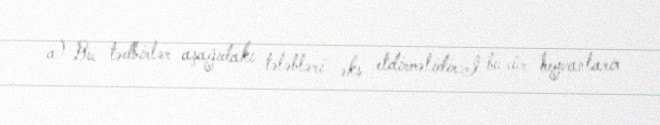
a) Bu tədbirlər aşağıdakı tələbləri əks etdirməlidir:I. bu cür heyvanların